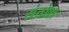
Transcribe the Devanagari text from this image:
संतोश